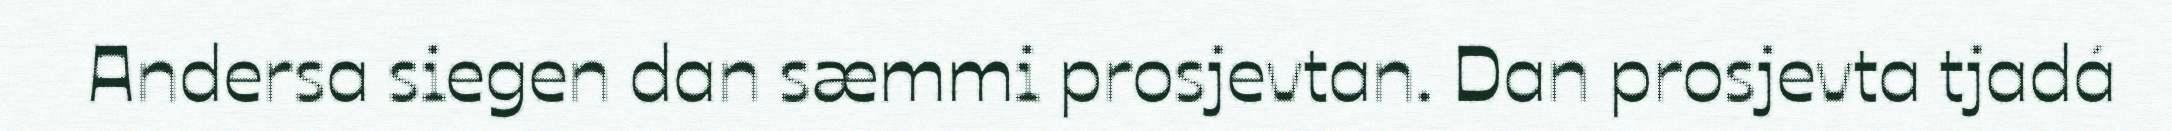
Andersa siegen dan sæmmi prosjevtan. Dan prosjevta tjadá